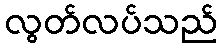
လွတ်လပ်သည်